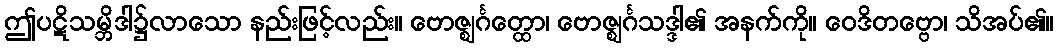
ဤပဋိသမ္ဘိဒါ၌လာသော နည်းဖြင့်လည်း။ ဗောဇ္ဈင်္ဂတ္ထော၊ ဗောဇ္ဈင်္ဂသဒ္ဒါ၏ အနက်ကို။ ဝေဒိတဗ္ဗော၊ သိအပ်၏။